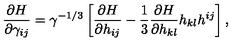
\frac { \partial H } { \partial \gamma _ { i j } } = \gamma ^ { - 1 / 3 } \left[ \frac { \partial H } { \partial h _ { i j } } - \frac { 1 } { 3 } \frac { \partial H } { \partial h _ { k l } } h _ { k l } h ^ { i j } \right] ,